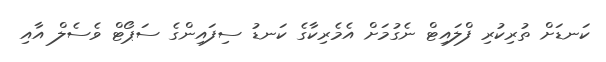
ކަނޑަށް ތުރިކުރި ފްލައިޓް ނެގުމަށް އެމެރިކާގެ ކަނޑު ސިފައިންގެ ސަޕޯޓް ވެސެލް އާއި